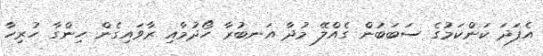
އެފަދަ ކަންކަމުގެ ސަބަބުން ގެއްލޭ މުދާ އަނބުރާ ހޯދުމާއި ރާވައިގެން ހިންގާ ހުރިހާ